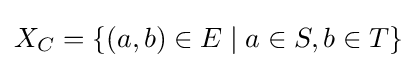
X_{C}=\{(a,b)\in E\mid a\in S,b\in T\}